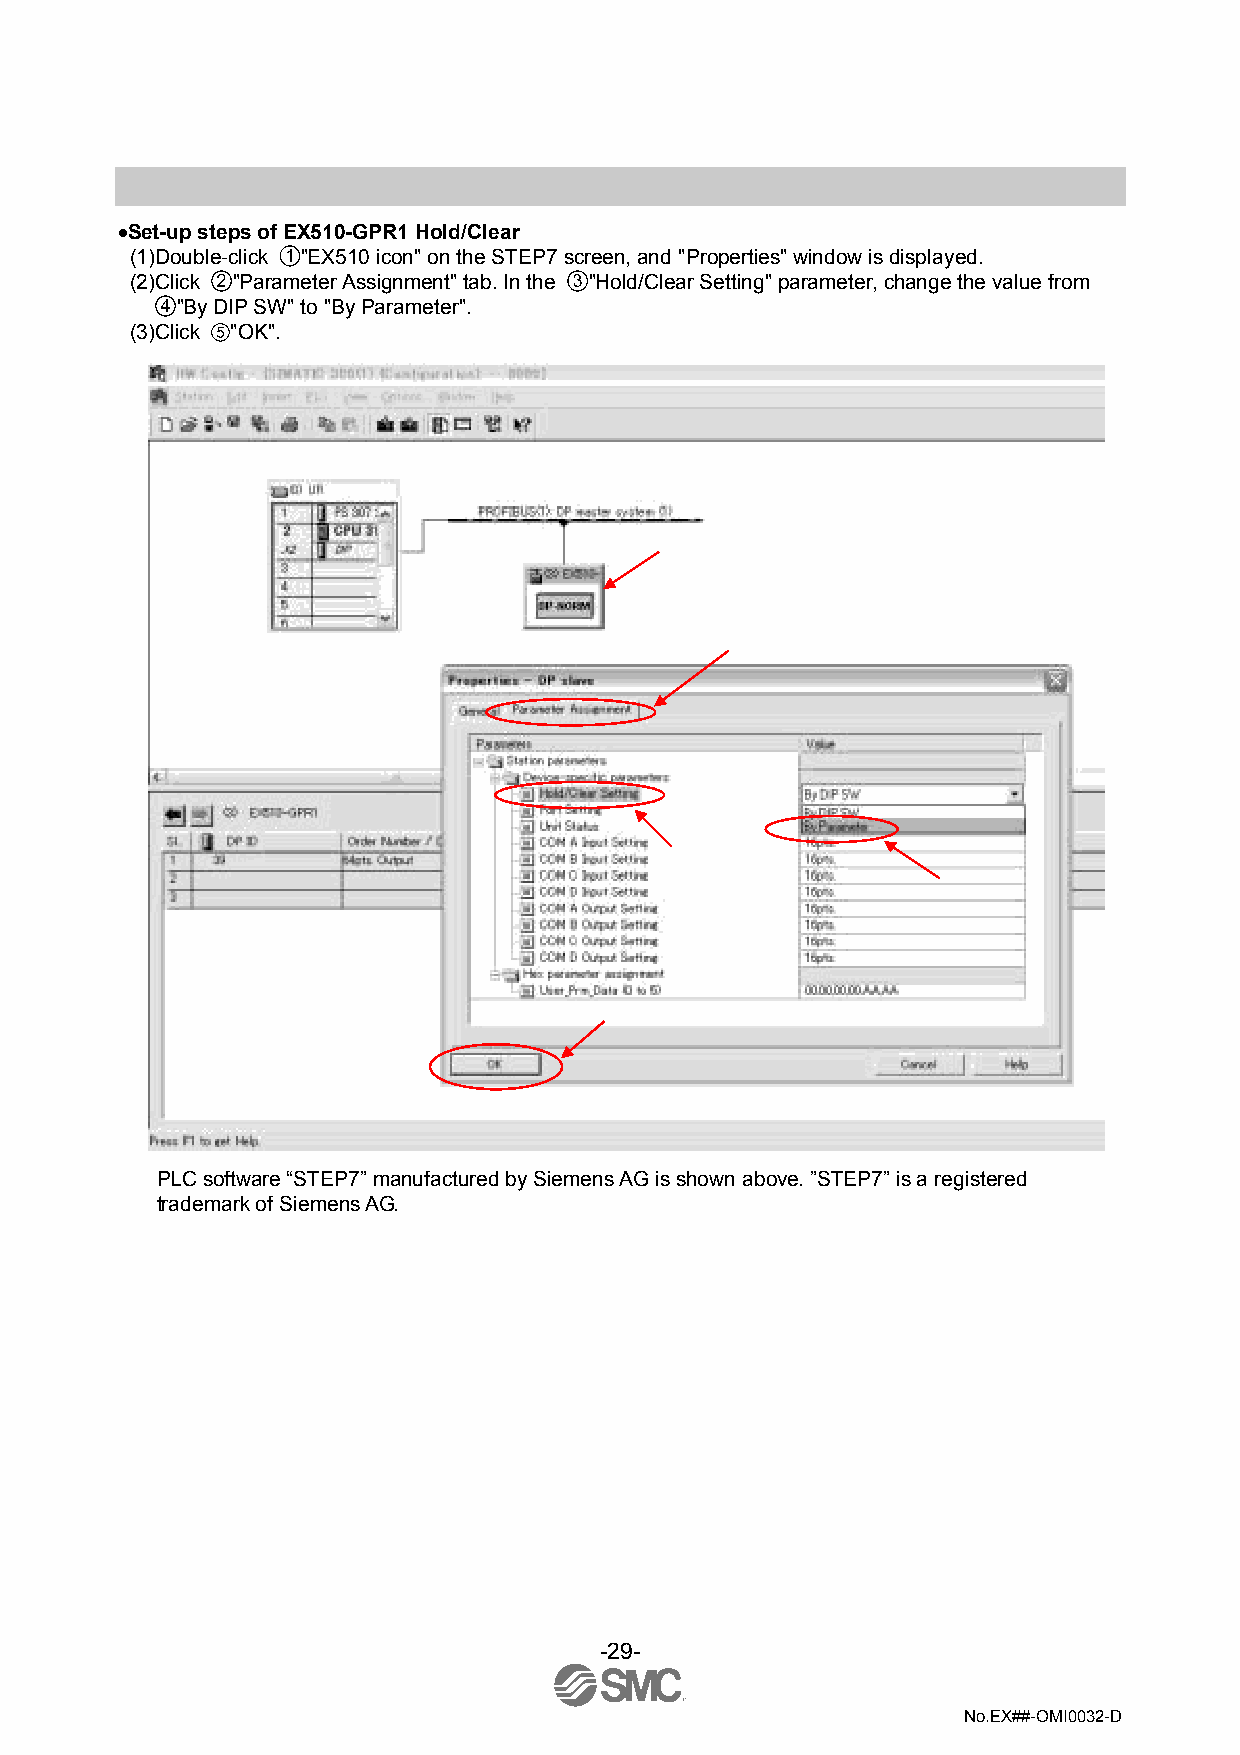
•Set-up steps of EX510-GPR1 Hold/Clear
 (1)Double-click "EX510 icon" on the STEP7 screen, and "Properties" window is displayed.
 (2)Click "Parameter Assignment" tab. In the "Hold/Clear Setting" parameter, change the value from
 "By DIP SW" to "By Parameter".
 (3)Click "OK".
 ①
 ②
 ③
 ④
 ⑤
 PLC software “STEP7” manufactured by Siemens AG is shown above. ”STEP7” is a registered
 trademark of Siemens AG.
 -29-
 No.EX##-OMI0032-D